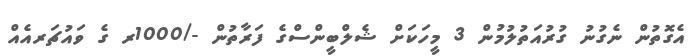
އެގޮތުން ނެގުނު ގުރުއަތުލުމުން 3 މީހަކަށް ޝެލްބީންސްގެ ފަރާތުން -/1000ރ ގެ ވައުޗަރއެއް